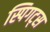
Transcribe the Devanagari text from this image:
स्पिगट्स